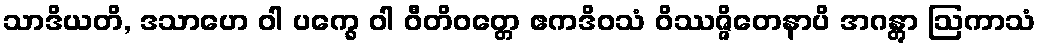
သာဒိယတိ, ဒသာဟေ ဝါ ပက္ခေ ဝါ ဝီတိဝတ္တေ ဧကဒိဝသံ ဝိဿဇ္ဇိတေနာပိ အဂန္တွာ ဩကာသံ